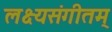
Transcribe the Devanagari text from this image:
लक्ष्यसंगीतम्‌